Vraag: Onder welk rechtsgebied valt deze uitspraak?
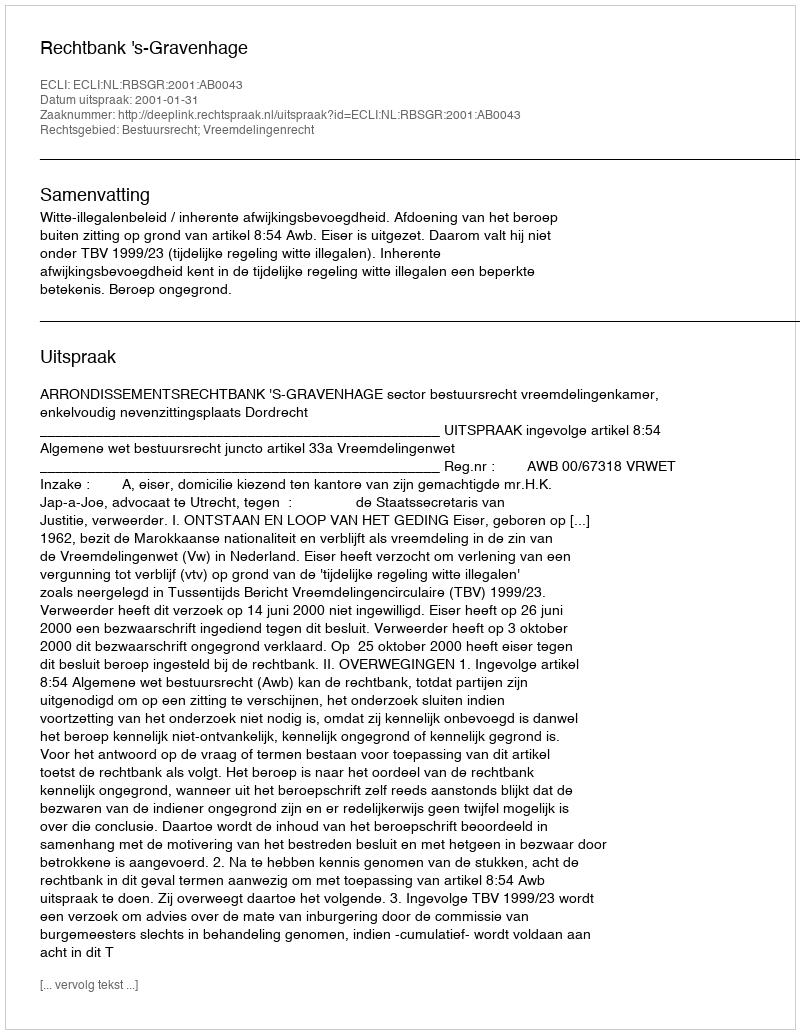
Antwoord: Bestuursrecht; Vreemdelingenrecht